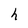
Character: h